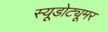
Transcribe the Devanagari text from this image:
स्यूडोट्यूमर